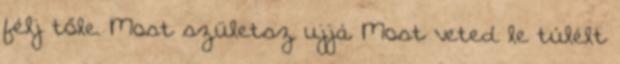
félj tőle. Most születsz ujjá. Most veted le túlélt